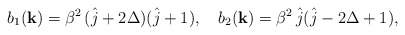
\begin{align*}b_{1}({\bf k})=\beta^{2}\,(\hat{j}+2\Delta)(\hat{j}+1),\quad b_{2}({\bf k})=\beta^{2}\,\hat{j}(\hat{j}-2\Delta+1),\end{align*}